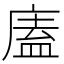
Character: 廅